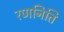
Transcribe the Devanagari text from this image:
रणनिति